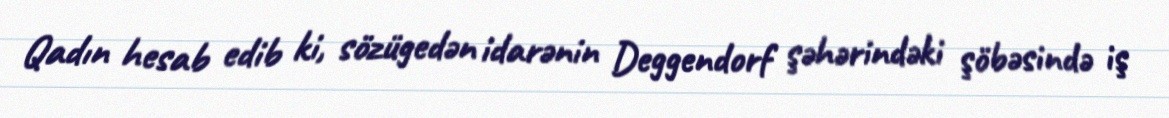
Qadın hesab edib ki, sözügedən idarənin Deggendorf şəhərindəki şöbəsində iş